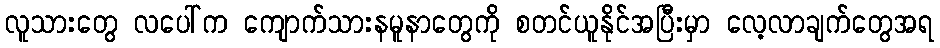
လူသားတွေ လပေါ်က ကျောက်သားနမူနာတွေကို စတင်ယူနိုင်အပြီးမှာ လေ့လာချက်တွေအရ